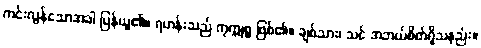
ကင်းလွန်သောအခါ ပြန်ယူ၏။ ရဟန်းသည် ကုက္ကုစ္စ ဖြစ်၏။ ချစ်သား၊ သင် အဘယ်စိတ်ရှိသနည်း။